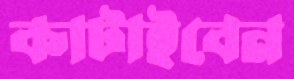
কাটাইবেন